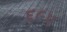
૬૯૫